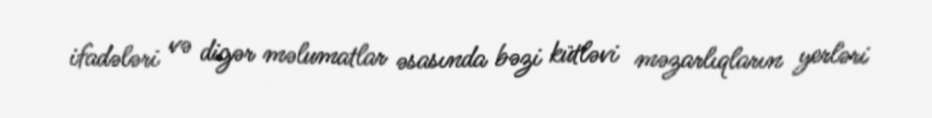
ifadələri və digər məlumatlar əsasında bəzi kütləvi məzarlıqların yerləri